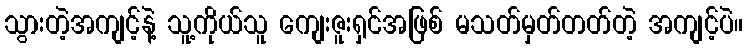
သွားတဲ့အကျင့်နဲ့ သူ့ကိုယ်သူ ကျေးဇူးရှင်အဖြစ် မသတ်မှတ်တတ်တဲ့ အကျင့်ပဲ။